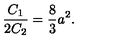
\frac { C _ { 1 } } { 2 C _ { 2 } } = \frac { 8 } { 3 } a ^ { 2 } .